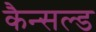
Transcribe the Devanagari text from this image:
कैन्सल्ड